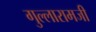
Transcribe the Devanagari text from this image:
गुल्लारामजी